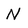
Character: N